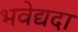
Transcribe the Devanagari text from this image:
भवेद्यदा